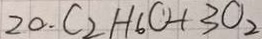
2 0 . C _ { 2 } H _ { 6 } C + 3 O _ { 2 }